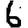
Digit: 6